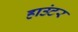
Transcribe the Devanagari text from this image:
हाउंटर